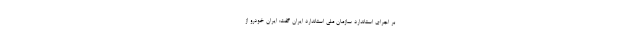
بر اجرای استاندارد سازمان ملی استاندارد ایران گفت: ایران خودرو از